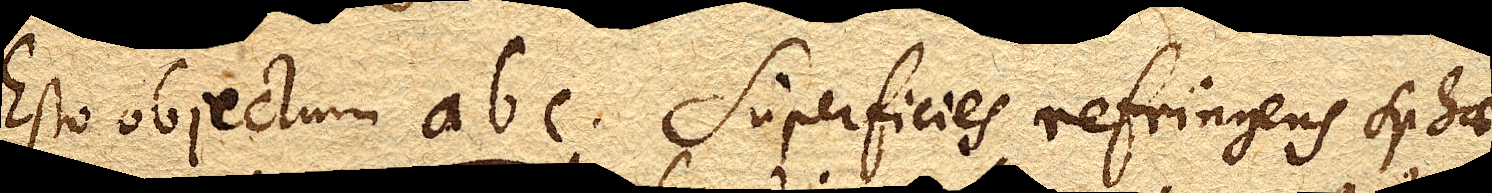
Esto objectum abc. Superficies refringens sphae–